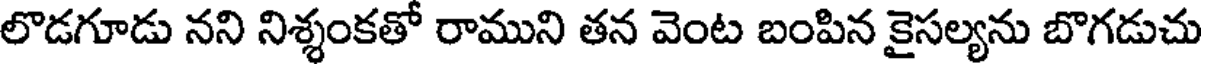
లొడగూడు నని నిశ్శంకతో రాముని తన వెంట బంపిన కైసల్యను బొగడుచు